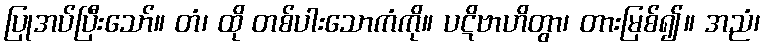
ပြုအပ်ပြီးသော်။ တံ၊ ထို တစ်ပါးသောကံကို။ ပဋိဗာဟိတွာ၊ တားမြစ်၍။ အညံ၊